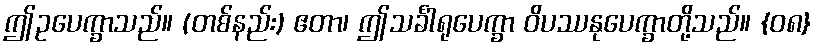
ဤဥပေက္ခာသည်။ (တစ်နည်း) ဧတာ၊ ဤသင်္ခါရုပေက္ခာ ဝိပဿနုပေက္ခာတို့သည်။ {၀၈}